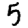
Digit: 5